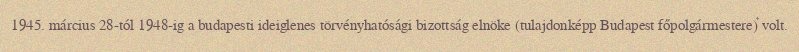
1945. március 28-tól 1948-ig a budapesti ideiglenes törvényhatósági bizottság elnöke (tulajdonképp Budapest főpolgármestere) volt.